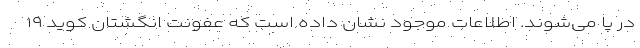
در پا می‌شوند. اطلاعات موجود نشان داده است که عفونت انگشتان کوید ۱۹